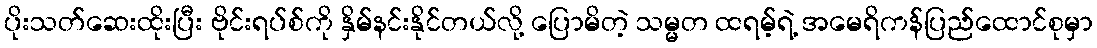
ပိုးသတ်ဆေးထိုးပြီး ဗိုင်းရပ်စ်ကို နှိမ်နင်းနိုင်တယ်လို့ ပြောမိတဲ့ သမ္မတ ထရမ့်ရဲ့ အမေရိကန်ပြည်ထောင်စုမှာ